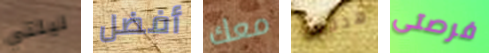
ليلتي أفضل معك هددني فرصتى